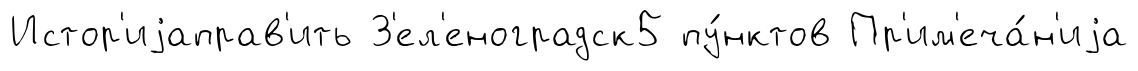
Истор'иjаправ'ить З'ел'еноградск5 пу́нктов Пр'им'еча́н'иjа